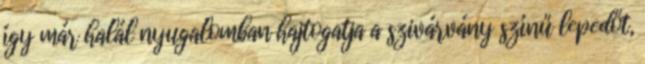
így már halál nyugalomban hajtogatja a szivárvány színű lepedőt,